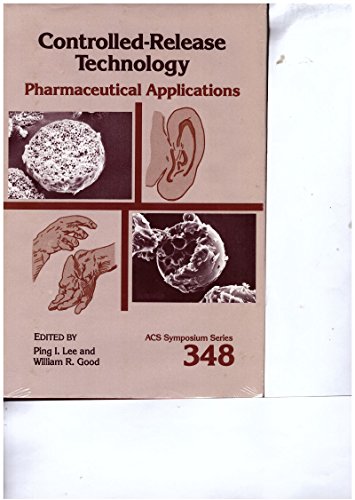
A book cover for Controlled-Release Technology: Pharmaceutical Applications (Acs Symposium Series); Ping I. Lee; Medical Books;